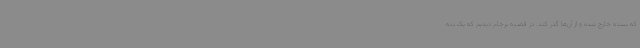
که بسته خارج شده و از آن‌ها گذر کند. در قضیه برجام دیدیم که یک تنه